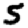
Digit: 5